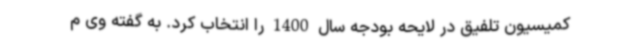
کمیسیون تلفیق در لایحه بودجه سال 1400 را انتخاب کرد. به گفته وی م